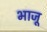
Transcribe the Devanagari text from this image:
भाजू